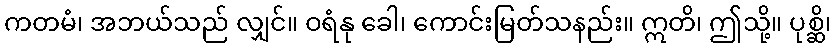
ကတမံ၊ အဘယ်သည် လျှင်။ ဝရံနု ခေါ၊ ကောင်းမြတ်သနည်း။ ဣတိ၊ ဤသို့။ ပုစ္ဆိ၊